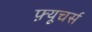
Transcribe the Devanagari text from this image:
फ़्यूचर्स